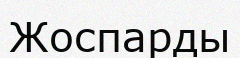
Жоспарды